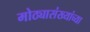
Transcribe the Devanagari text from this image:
मोठ्यासंख्यांच्या